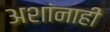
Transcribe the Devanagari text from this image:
अशांनाही